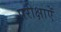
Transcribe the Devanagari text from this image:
परीक्षाऐं